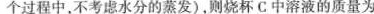
个过程中，不考虑水分的蒸发)，则烧杯C中溶液的质量为